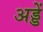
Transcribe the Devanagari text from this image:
अड्डें